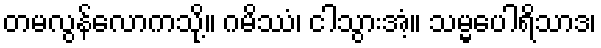
တမလွန်လောကသို့။ ဂမိဿံ၊ ငါသွားအံ့။ သမ္မပေါရိသာဒ၊